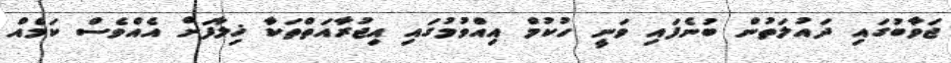
ޖަވާބުގައި ދައުލަތުން ބުނެފައި ވަނީ ހުކުމް އިއްވުމުގައި އިޖުރާއަތްތަކާ ޚިލާފަށް އެއްވެސް ކަމެއް